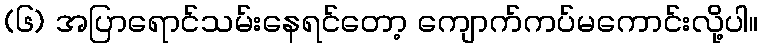
(၆) အပြာရောင်သမ်းနေရင်တော့ ကျောက်ကပ်မကောင်းလို့ပါ။